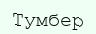
Тумбер